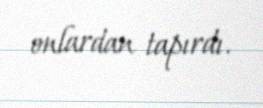
onlardan tapırdı.